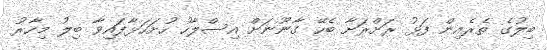
ބިލުގެ ތެރެއިން ފަޅު ރަށްރަށާ ބެހޭ ގާނޫނަށް އިސްލާހު ހުށަހަޅާފައިވާ ބިލު މިހާރު